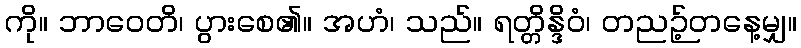
ကို။ ဘာဝေတိ၊ ပွားစေ၏။ အဟံ၊ သည်။ ရတ္တိန္ဒိဝံ၊ တညဉ့်တနေ့မျှ။